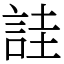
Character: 詿